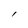
Character: l